Leaving Certificate Examination, 1914
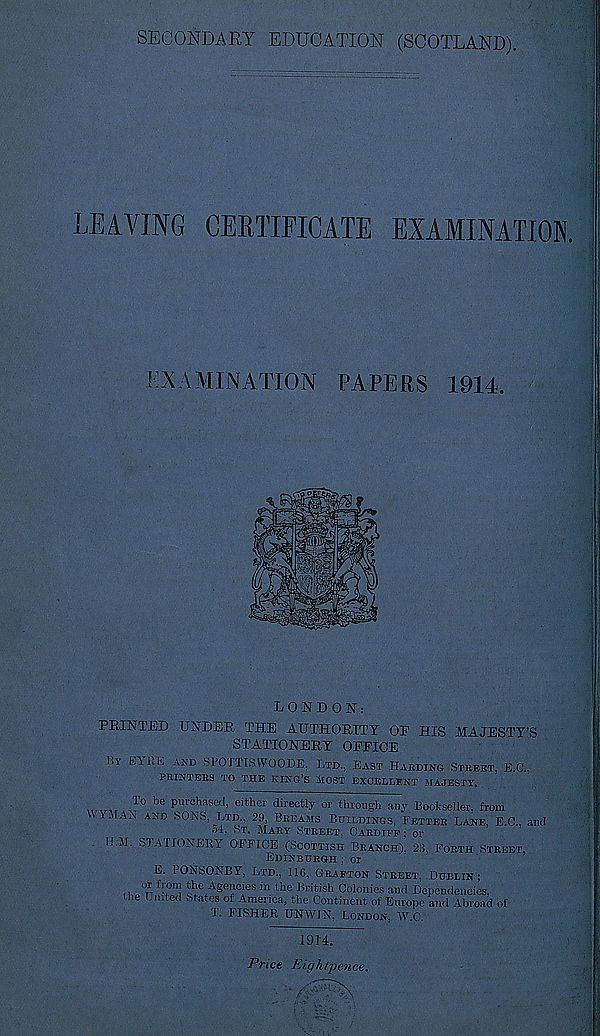
SECONDARY EDUCATION (SCOTLAND).
LEAVING CERTIFICATE EXAMINATION
EXAMINATION PAPERS 19X4.
LONDON:
PRINTED UNDER THE AUTHORITY OE HIS MAJESTY’S
STATIONERY OFFICE
I.y f'-VIlK and SPOTTISVPOODE, Ltd., East Habding Street, E.C.,
PRINTERS TO THE KING’S AlOST EXCELLENT AIAJESTY.
T° be purchased, either directly or through any Bookseller, from
VIVIAN AND SONS, Ltd 29, Breams Buildings, Fetter Lane, E.C., and
•A, st. Mary Street, Cardiff : or
H.M. STATIONERY OI’FICE (Scottish Branch). 23, Forth Street,
Edinburgh ; or
E. PONSONBY, Ltd., 116, Grafton Street. Dublin ;
,, °r r
T
f, ; on ; the Agencies in the British Colonies and Dependencies,
lie I lilted States of America, the Continent of Europe and Abroad of
T. FISHER UNWIN, London, W.C.
1914.
Price Eightpence.